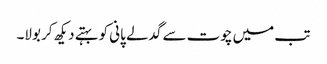
تب میں چوت سے گدلے پانی کو بہتے دیکھ کر بولا۔